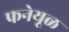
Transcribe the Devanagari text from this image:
फनेयूळ